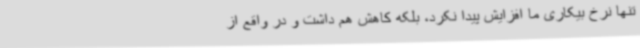
تنها نرخ بیکاری ما افزایش پیدا نکرد، بلکه کاهش هم داشت و در واقع از